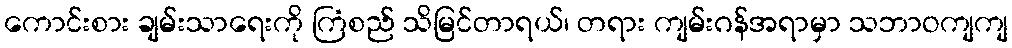
ကောင်းစား ချမ်းသာရေးကို ကြံစည် သိမြင်တာရယ်၊ တရား ကျမ်းဂန်အရာမှာ သဘာဝကျကျ